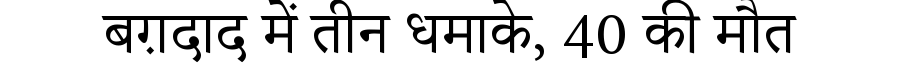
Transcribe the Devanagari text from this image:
बग़दाद में तीन धमाके, 40 की मौत